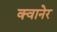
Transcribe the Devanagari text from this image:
क्वानेर